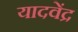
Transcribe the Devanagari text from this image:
यादवेंद्र